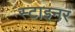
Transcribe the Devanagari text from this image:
स्टाइनर